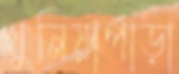
খুনিয়াপাড়া